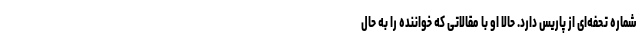
شماره تحفه‌ای از پاریس دارد. حالا او با مقالاتی که خواننده را به حال